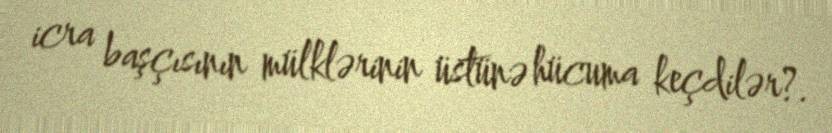
icra başçısının mülklərinin üstünə hücuma keçdilər?.